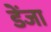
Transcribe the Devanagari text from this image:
डेंजा